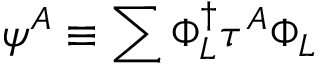
\psi ^ { A } \equiv \sum \Phi _ { L } ^ { \dagger } \tau ^ { A } \Phi _ { L }